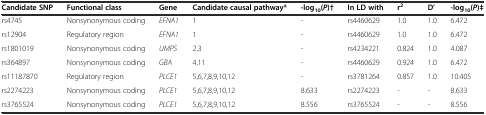
<table><thead><tr><td><b>Candidate SNP</b></td><td><b>Functional class</b></td><td><b>Gene</b></td><td><b>Candidate causal pathway*</b></td><td><b>-log<sub>10</sub>(<i>P</i>)†</b></td><td><b>In LD with</b></td><td><b>r<sup>2</sup></b></td><td><b>D’</b></td><td><b>-log<sub>10</sub>(<i>P</i>)‡</b></td></tr></thead><tbody><tr><td>rs4745</td><td>Nonsynonymous coding</td><td><i>EFNA1</i></td><td>1</td><td>-</td><td>rs4460629</td><td>1.0</td><td>1.0</td><td>6.472</td></tr><tr><td>rs12904</td><td>Regulatory region</td><td><i>EFNA1</i></td><td>1</td><td>-</td><td>rs4460629</td><td>1.0</td><td>1.0</td><td>6.472</td></tr><tr><td>rs1801019</td><td>Nonsynonymous coding</td><td><i>UMPS</i></td><td>2,3</td><td>-</td><td>rs4234221</td><td>0.824</td><td>1.0</td><td>4.087</td></tr><tr><td>rs364897</td><td>Nonsynonymous coding</td><td><i>GBA</i></td><td>4,11</td><td>-</td><td>rs4460629</td><td>0.924</td><td>1.0</td><td>6.472</td></tr><tr><td>rs11187870</td><td>Regulatory region</td><td><i>PLCE1</i></td><td>5,6,7,8,9,10,12</td><td>-</td><td>rs3781264</td><td>0.857</td><td>1.0</td><td>10.405</td></tr><tr><td>rs2274223</td><td>Nonsynonymous coding</td><td><i>PLCE1</i></td><td>5,6,7,8,9,10,12</td><td>8.633</td><td>rs2274223</td><td>-</td><td>-</td><td>8.633</td></tr><tr><td>rs3765524</td><td>Nonsynonymous coding</td><td><i>PLCE1</i></td><td>5,6,7,8,9,10,12</td><td>8.556</td><td>rs3765524</td><td>-</td><td>-</td><td>8.556</td></tr></tbody></table>